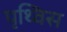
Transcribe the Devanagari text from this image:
पृथ्विस